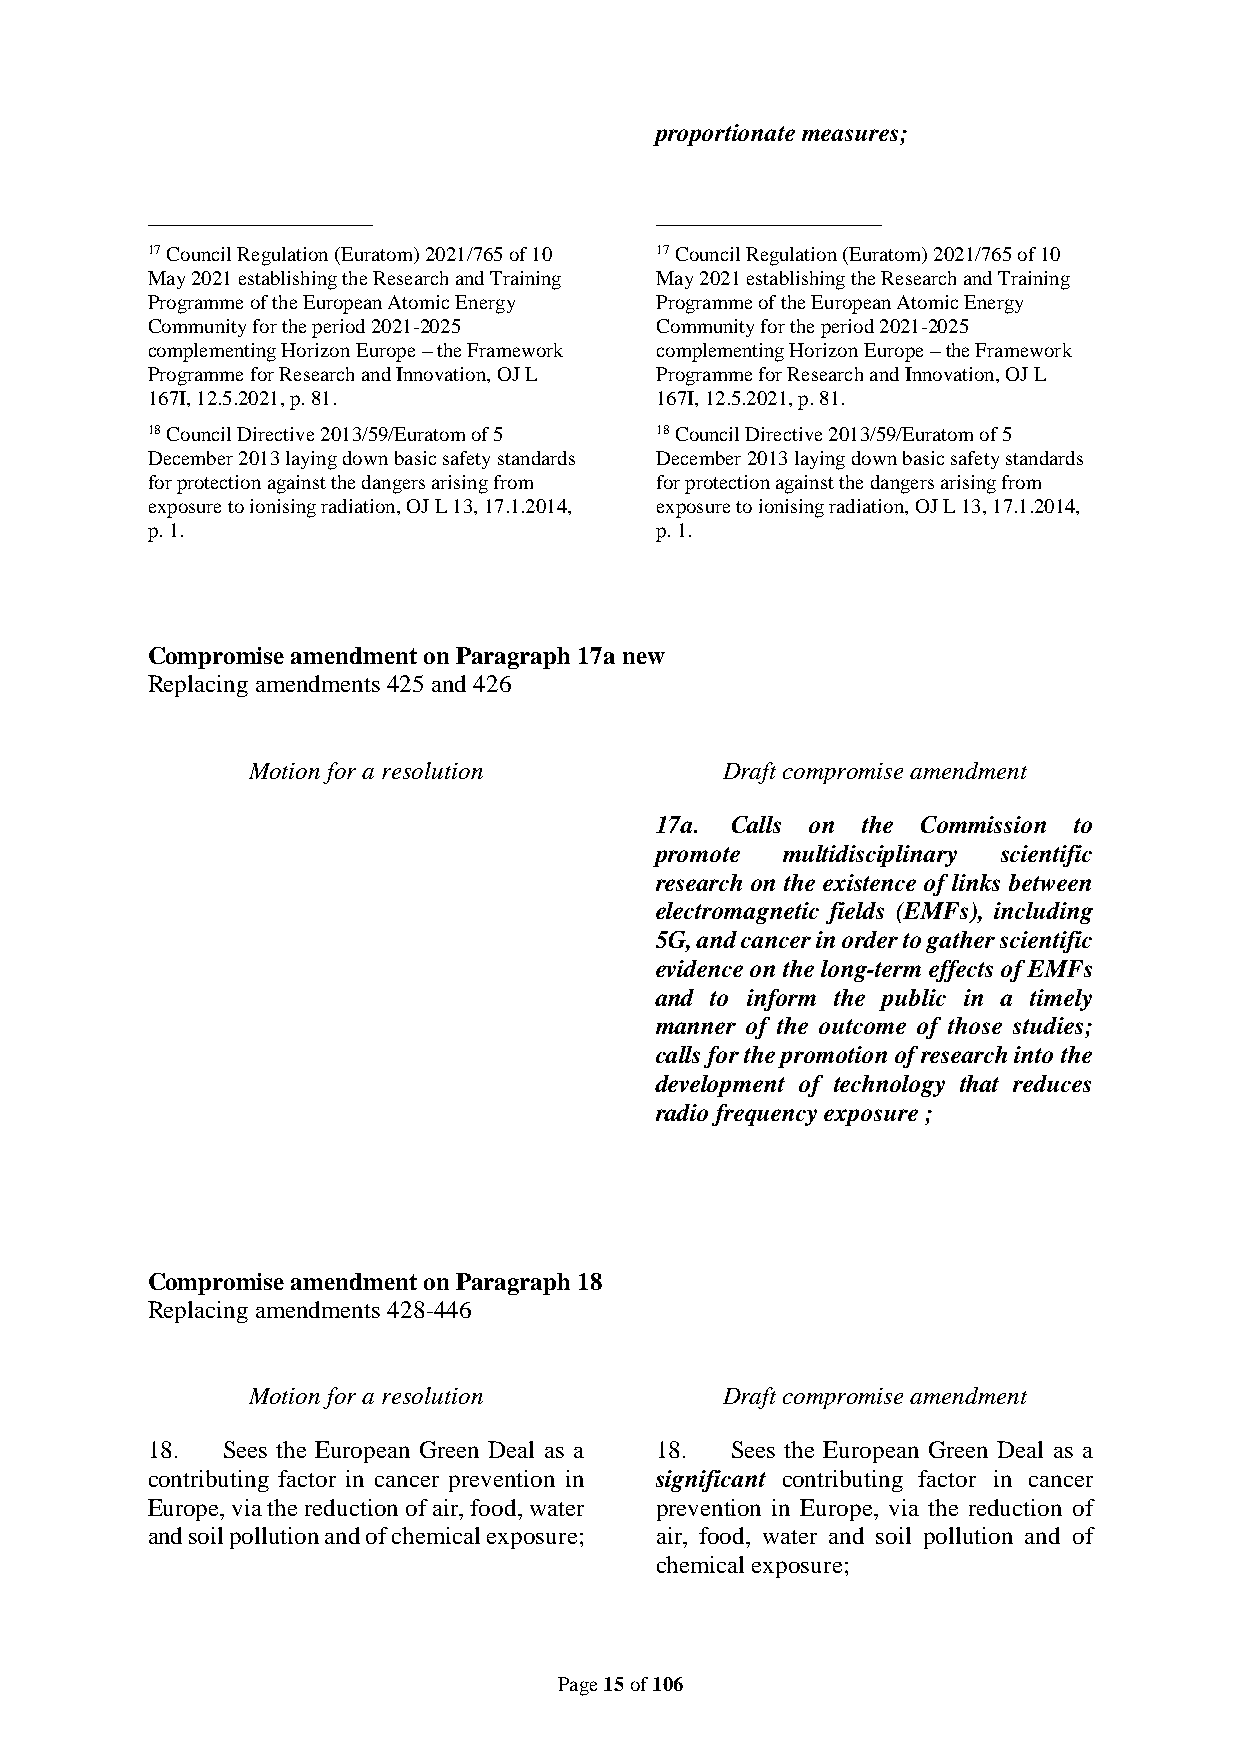
proportionate measures;
 __________________               __________________
 17 Council Regulation (Euratom) 2021/765 of 10 17 Council Regulation (Euratom) 2021/765 of 10
 May 2021 establishing the Research and Training May 2021 establishing the Research and Training
 Programme of the European Atomic Energy Programme of the European Atomic Energy
 Community for the period 2021-2025 Community for the period 2021-2025
 complementing Horizon Europe – the Framework complementing Horizon Europe – the Framework
 Programme for Research and Innovation, OJ L Programme for Research and Innovation, OJ L
 167I, 12.5.2021, p. 81.          167I, 12.5.2021, p. 81.
 18 Council Directive 2013/59/Euratom of 5 18 Council Directive 2013/59/Euratom of 5
 December 2013 laying down basic safety standards December 2013 laying down basic safety standards
 for protection against the dangers arising from for protection against the dangers arising from
 exposure to ionising radiation, OJ L 13, 17.1.2014, exposure to ionising radiation, OJ L 13, 17.1.2014,
 p. 1.                            p. 1.
 Compromise amendment on Paragraph 17a new
 Replacing amendments 425 and 426
 Motion for a resolution         Draft compromise amendment
 17a. Calls on the Commission to
 promote  multidisciplinary scientific
 research on the existence of links between
 electromagnetic fields (EMFs), including
 5G, and cancer in order to gather scientific
 evidence on the long-term effects of EMFs
 and to inform the public in a timely
 manner of the outcome of those studies;
 calls for the promotion of research into the
 development of technology that reduces
 radio frequency exposure ;
 Compromise amendment on Paragraph 18
 Replacing amendments 428-446
 Motion for a resolution         Draft compromise amendment
 18.  Sees the European Green Deal as a 18. Sees the European Green Deal as a
 contributing factor in cancer prevention in significant contributing factor in cancer
 Europe, via the reduction of air, food, water prevention in Europe, via the reduction of
 and soil pollution and of chemical exposure; air, food, water and soil pollution and of
 chemical exposure;
 Page 15 of 106